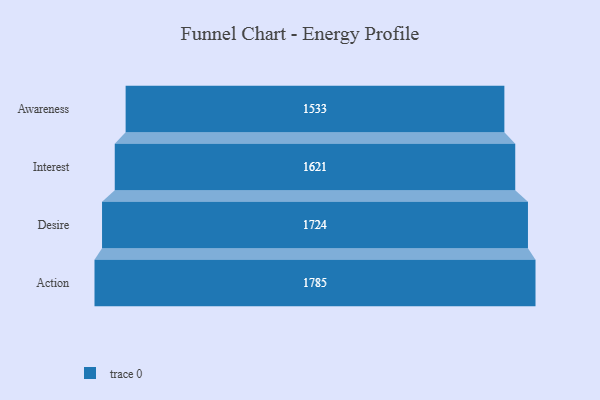
{"axis": {"x": "Stage", "y": "Value"}, "legend": [""], "data": [{"x": "Awareness", "y": 1533.0, "type": ""}, {"x": "Interest", "y": 1621.0, "type": ""}, {"x": "Desire", "y": 1724.0, "type": ""}, {"x": "Action", "y": 1785.0, "type": ""}]}